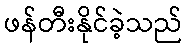
ဖန်တီးနိုင်ခဲ့သည်